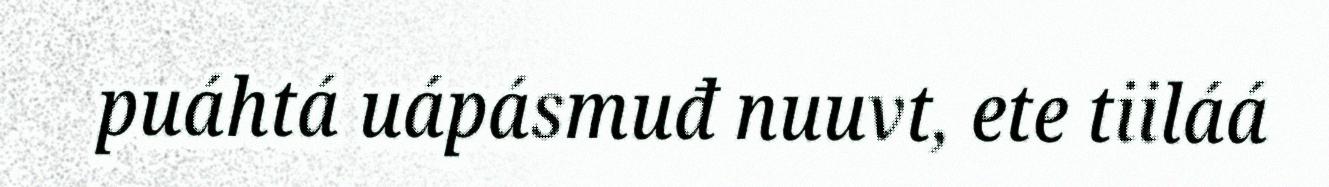
puáhtá uápásmuđ nuuvt, ete tiiláá